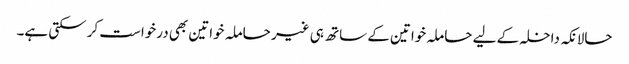
حالانکہ داخلہ کے لیے حاملہ خواتین کے ساتھ ہی غیر حاملہ خواتین بھی درخواست کر سکتی ہے۔